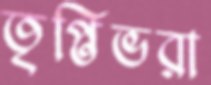
তৃপ্তিভরা